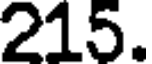
215.